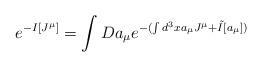
LaTeX: \begin{align*}e^{-I[J^\mu]}=\int Da_\mu e^{-(\int d^3x a_\mu J^\mu + \tilde{I}[a_\mu])}\end{align*}